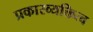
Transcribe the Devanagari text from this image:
प्रकारव्यक्तित्व